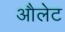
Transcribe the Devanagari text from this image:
औलेट